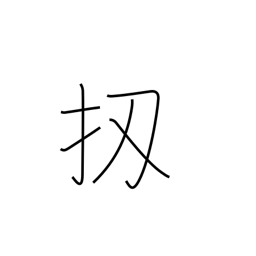
Meaning: well